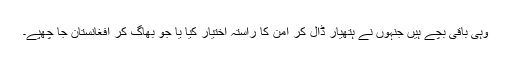
وہی باقی بچے ہیں جنہوں نے ہتھیار ڈال کر امن کا راستہ اختیار کیا یا جو بھاگ کر افغانستان جا چھپے۔